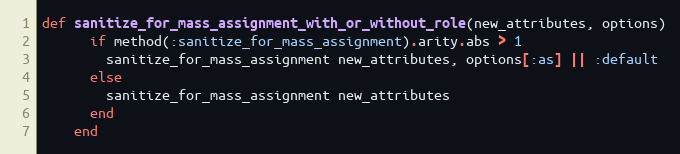
Language: Ruby
def sanitize_for_mass_assignment_with_or_without_role(new_attributes, options)
      if method(:sanitize_for_mass_assignment).arity.abs > 1
        sanitize_for_mass_assignment new_attributes, options[:as] || :default
      else
        sanitize_for_mass_assignment new_attributes
      end
    end